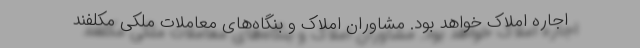
اجاره املاک خواهد بود. مشاوران املاک و بنگاه‌های معاملات ملکی مکلفند